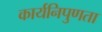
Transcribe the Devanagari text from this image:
कार्यनिपुणता